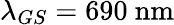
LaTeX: \lambda_{GS}=690~\mathrm{nm}